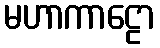
မဟာကာဠော